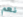
نعم